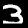
Digit: 3